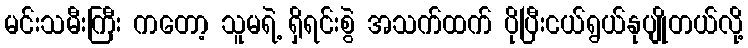
မင်းသမီးကြီး ကတော့ သူမရဲ့ ရှိရင်းစွဲ အသက်ထက် ပိုပြီးငယ်ရွယ်နုပျိုတယ်လို့